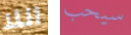
اللا سيحب